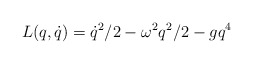
\begin{align*}L(q,\dot{q})=\dot{q}^{2}/2-\omega ^{2}q^{2}/2-gq^{4}\end{align*}